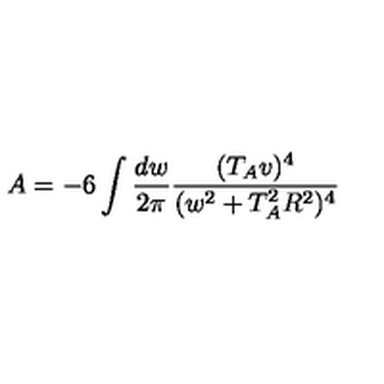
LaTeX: A = - 6 \int \frac { d w } { 2 \pi } \frac { ( T _ { A } v ) ^ { 4 } } { ( w ^ { 2 } + T _ { A } ^ { 2 } R ^ { 2 } ) ^ { 4 } }